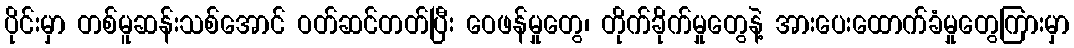
ပိုင်းမှာ တစ်မူဆန်းသစ်အောင် ဝတ်ဆင်တတ်ပြီး ဝေဖန်မှုတွေ၊ တိုက်ခိုက်မှုတွေနဲ့ အားပေးထောက်ခံမှုတွေကြားမှာ